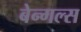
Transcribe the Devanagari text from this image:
बेन्गल्स